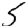
Digit: 5